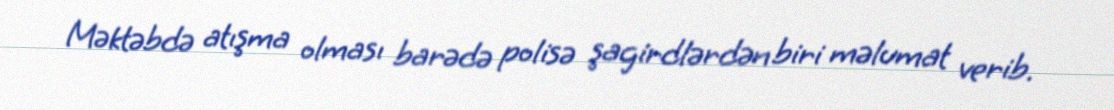
Məktəbdə atışma olması barədə polisə şagirdlərdən biri məlumat verib.